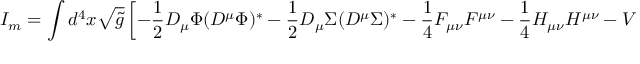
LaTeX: I _ { m } = \int d ^ { 4 } x \sqrt { { \tilde { g } } } \left[ - \frac { 1 } { 2 } D _ { \mu } \Phi ( D ^ { \mu } \Phi ) ^ { * } - \frac { 1 } { 2 } D _ { \mu } \Sigma ( D ^ { \mu } \Sigma ) ^ { * } - \frac { 1 } { 4 } F _ { \mu \nu } F ^ { \mu \nu } - \frac { 1 } { 4 } H _ { \mu \nu } H ^ { \mu \nu } - V ( | \Phi | , | \Sigma | ) \right] ,